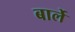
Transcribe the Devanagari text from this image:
बार्ले